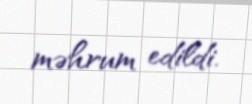
məhrum edildi.